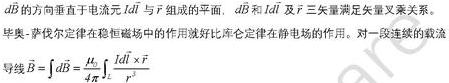
$d\vec{B}$的方向垂直于电流元$Id\vec{l}$与$\vec{r}$组成的平面，$d\vec{B}$和$Id\vec{l}$及$\vec{r}$三矢量满足矢量叉乘关系。

毕奥 - 萨伐尔定律在稳恒磁场中的作用就好比库仑定律在静电场的作用。对一段连续的载流
导线$\vec{B}=\int d\vec{B}=\frac{\mu_0}{4\pi}\int\frac{Id\vec{l}\times\vec{r}}{r^3}$